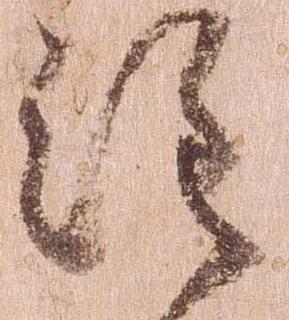
注